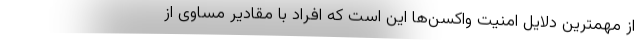
از مهمترین دلایل امنیت واکسن‌ها این است که افراد با مقادیر مساوی از